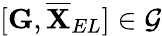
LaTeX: [\mathbf{G},\overline{{\mathbf{X}}}_{EL}]\in\mathcal{G}